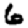
Digit: 6